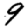
Digit: 9